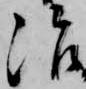
治